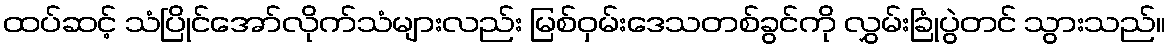
ထပ်ဆင့် သံပြိုင်အော်လိုက်သံများလည်း မြစ်ဝှမ်းဒေသတစ်ခွင်ကို လွှမ်းခြုံပွဲတင် သွားသည်။